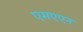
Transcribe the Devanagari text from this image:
एमएएन